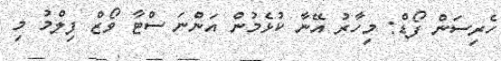
ހެރިސަން ފޯޑް: މިހާރު އޭނާ ކުޅެމުން އަންނަ ސްޓާ ވޯޒް ފިލްމު މި